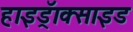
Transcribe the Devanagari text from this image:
हाइड्रॅाक्साइड